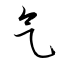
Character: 气